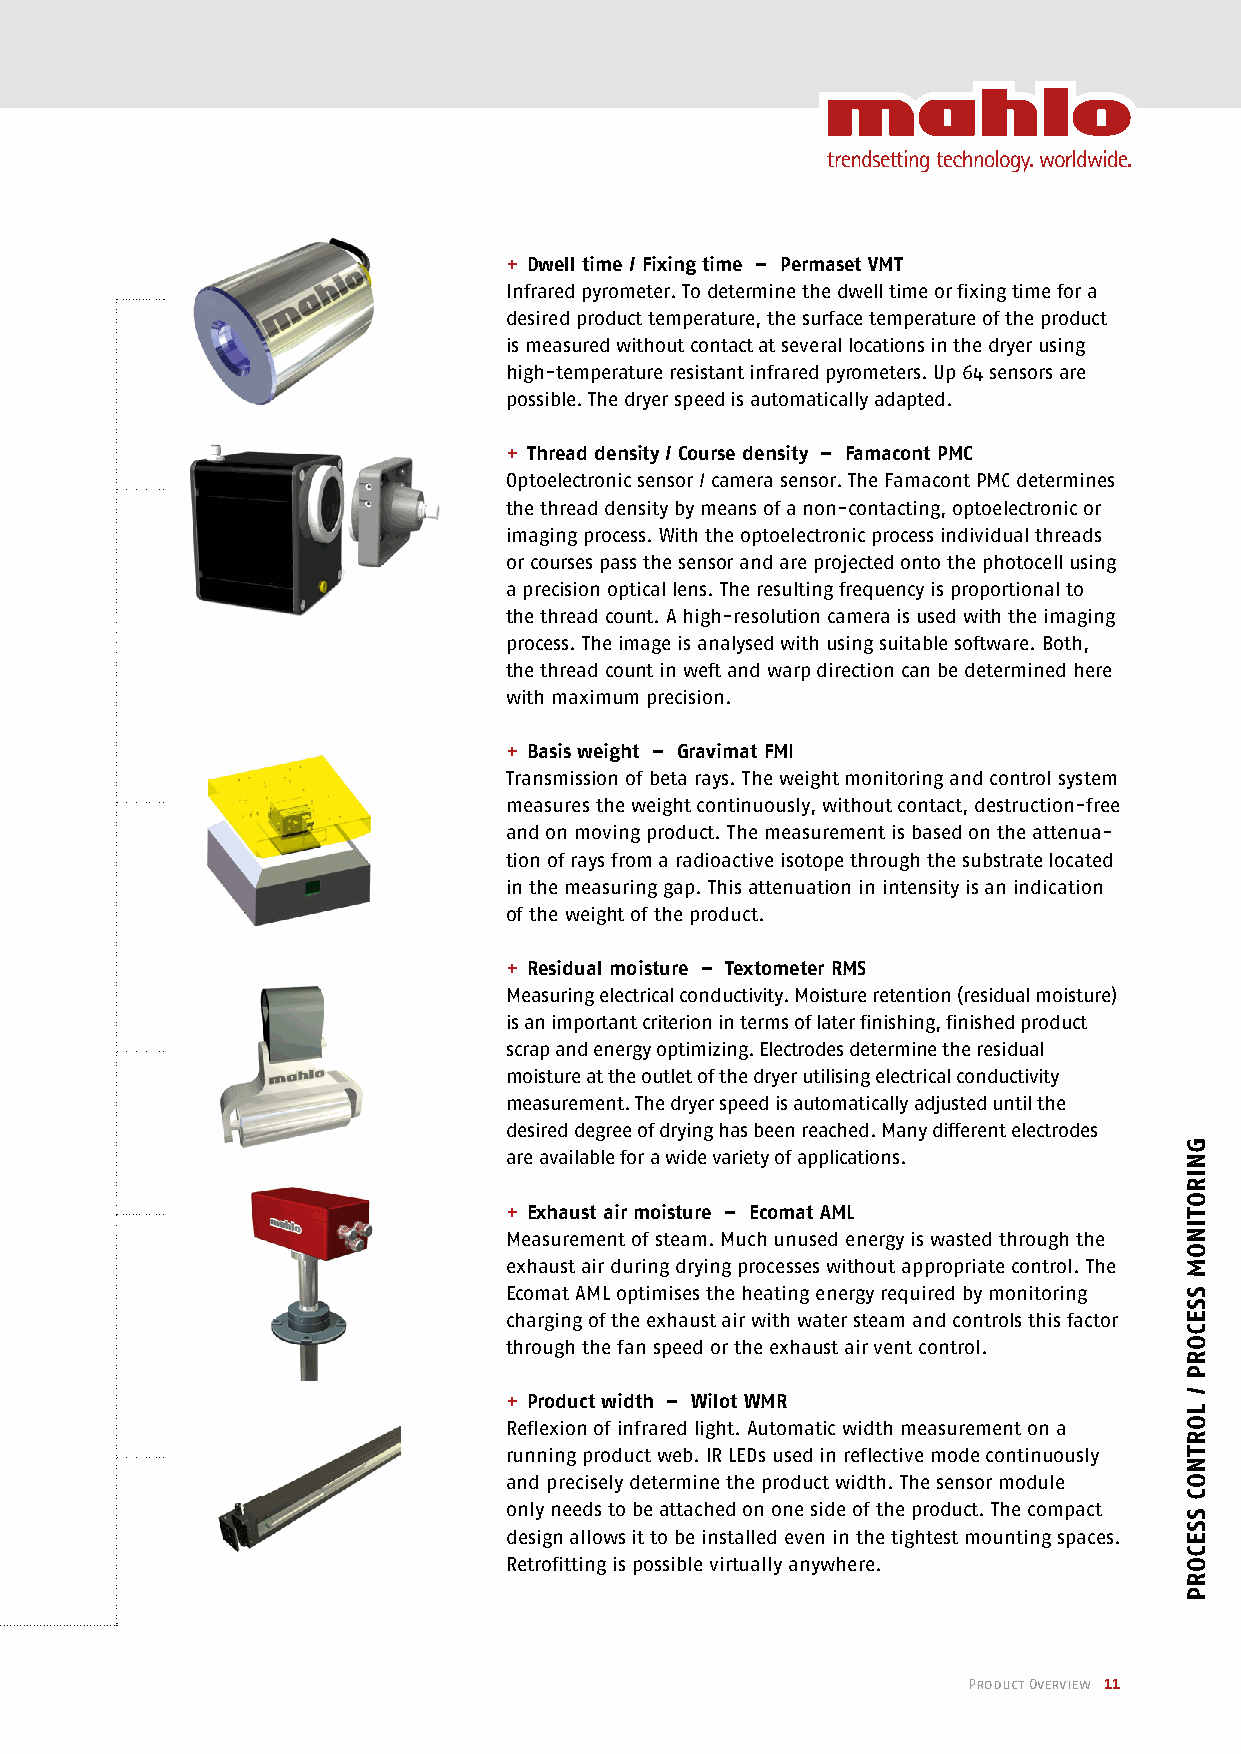
+ Dwell time / Fixing time – Permaset VMT
 Infrared pyrometer. To determine the dwell time or fixing time for a
 desired product temperature, the surface temperature of the product
 is measured without contact at several locations in the dryer using
 high-temperature resistant infrared pyrometers. Up 64 sensors are
 possible. The dryer speed is automatically adapted.
 + Thread density / Course density – Famacont PMC
 Optoelectronic sensor / camera sensor. The Famacont PMC determines
 the thread density by means of a non-contacting, optoelectronic or
 imaging process. With the optoelectronic process individual threads
 or courses pass the sensor and are projected onto the photocell using
 a precision optical lens. The resulting frequency is proportional to
 the thread count. A high-resolution camera is used with the imaging
 process. The image is analysed with using suitable software. Both,
 the thread count in weft and warp direction can be determined here
 with maximum precision.
 + Basis weight – Gravimat FMI
 Transmission of beta rays. The weight monitoring and control system
 measures the weight continuously, without contact, destruction-free
 and on moving product. The measurement is based on the attenua-
 tion of rays from a radioactive isotope through the substrate located
 in the measuring gap. This attenuation in intensity is an indication
 of the weight of the product.
 + Residual moisture – Textometer RMS
 Measuring electrical conductivity. Moisture retention (residual moisture)
 is an important criterion in terms of later finishing, finished product
 scrap and energy optimizing. Electrodes determine the residual
 moisture at the outlet of the dryer utilising electrical conductivity
 measurement. The dryer speed is automatically adjusted until the
 desired degree of drying has been reached. Many different electrodes
 are available for a wide variety of applications.
 + Exhaust air moisture – Ecomat AML
 Measurement of steam. Much unused energy is wasted through the
 exhaust air during drying processes without appropriate control. The
 Ecomat AML optimises the heating energy required by monitoring
 charging of the exhaust air with water steam and controls this factor
 through the fan speed or the exhaust air vent control.
 + Product width – Wilot WMR
 Reflexion of infrared light. Automatic width measurement on a
 running product web. IR LEDs used in reflective mode continuously
 and precisely determine the product width. The sensor module
 only needs to be attached on one side of the product. The compact
 design allows it to be installed even in the tightest mounting spaces.
 Retrofitting is possible virtually anywhere.
 Product Overview 11
 GNIROTINOm
 SSECORP
 /
 LORTNOC
 SSECORP